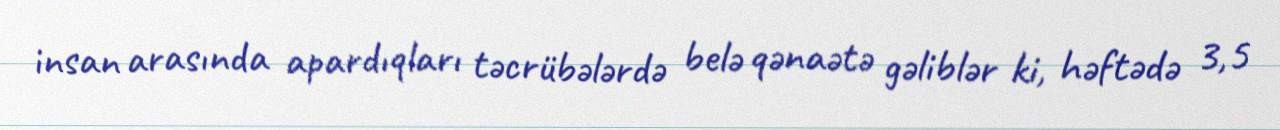
insan arasında apardıqları təcrübələrdə belə qənaətə gəliblər ki, həftədə 3,5